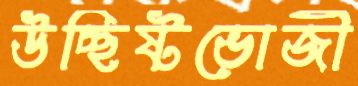
উচ্ছিষ্টভোজী